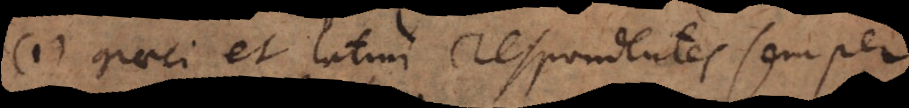
(1) Graeci et latini respondentes semper